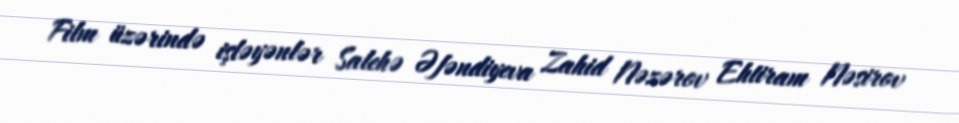
Film üzərində işləyənlər Salehə Əfəndiyeva Zahid Nəzərov Ehtiram Nəsirov